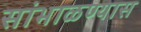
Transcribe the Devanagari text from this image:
सांभाळण्‍यास